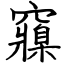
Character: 䆿